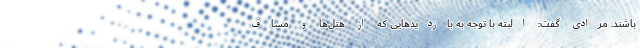
باشند. مرادی گفت: البته با توجه به بازدیدهایی که از هتل‌ها و مساف